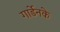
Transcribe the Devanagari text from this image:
गार्डेनके